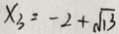
x _ { 3 } = - 2 + \sqrt { 1 3 }